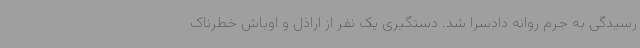
رسیدگی به جرم روانه دادسرا شد. دستگیری یک نفر از اراذل و اوباش خطرناک